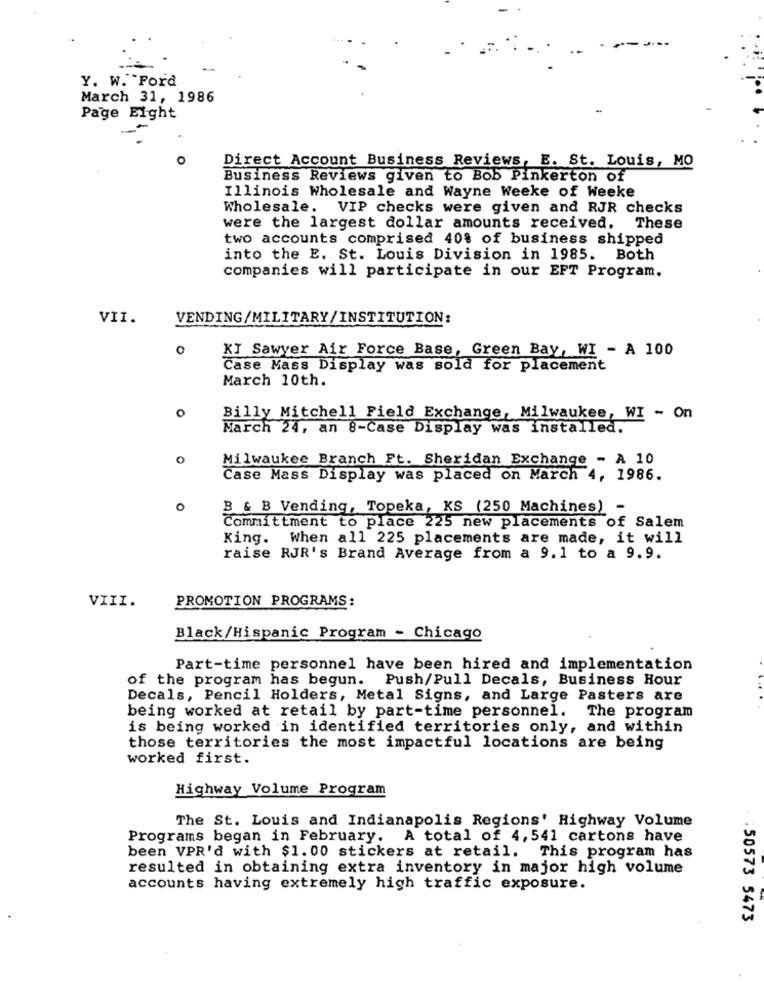
Y. W. Ford
March 31, 1986
Page Eight
O
Direct Account Business Reviews, E. St. Louis, MO
Business Reviews given to Bob Pinkerton of
Illinois Wholesale and Wayne Weeke of Weeke
Wholesale. VIP checks were given and RJR checks
were the largest dollar amounts received. These
two accounts comprised 40% of business shipped
into the E. St. Louis Division in 1985. Both
companies will participate in our EFT Program.
VII.
VENDING/MILITARY/INSTITUTION:
0
KI Sawyer Air Force Base, Green Bay, WI - A 100
Case Mass Display was sold for placement
March 10th.
O
Billy Mitchell Field Exchange, Milwaukee, WI - On
March 24, an 8-Case Display was installed.
Milwaukee Branch Ft. Sheridan Exchange - A 10
Case Mass Display was placed on March 4, 1986.
0
B & B Vending, Topeka, KS (250 Machines) -
Committment to place 225 new placements of Salem
King. When all 225 placements are made, it will
raise RJR's Brand Average from a 9.1 to a 9.9.
VIII.
PROMOTION PROGRAMS:
Black/Hispanic Program - Chicago
Part-time personnel have been hired and implementation
of the program has begun. Push/Pull Decals, Business Hour
Decals, Pencil Holders, Metal Signs, and Large Pasters are
being worked at retail by part-time personnel.
The program
is being worked in identified territories only, and within
those territories the most impactful locations are being
worked first.
Highway Volume Program
The St. Louis and Indianapolis Regions' Highway Volume
Programs began in February. A total of 4, 541 cartons have
been VPR'd with $1.00 stickers at retail.
This program has
resulted in obtaining extra inventory in major high volume
accounts having extremely high traffic exposure.
: 50573 5473